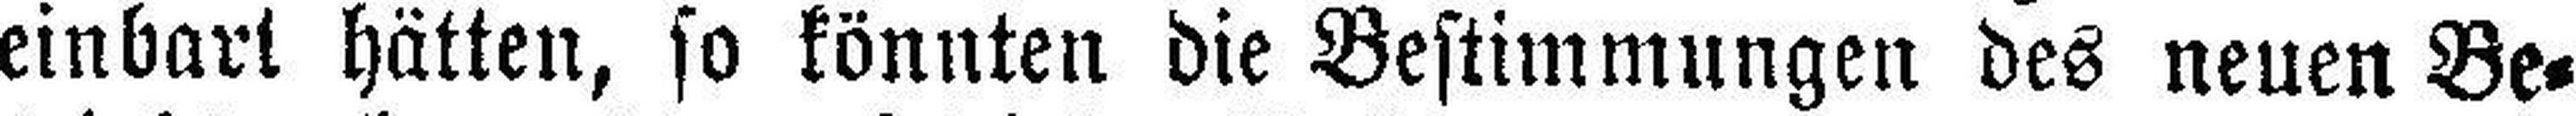
einbart hätten, so könnten die Bestimmungen des neuen Be¬